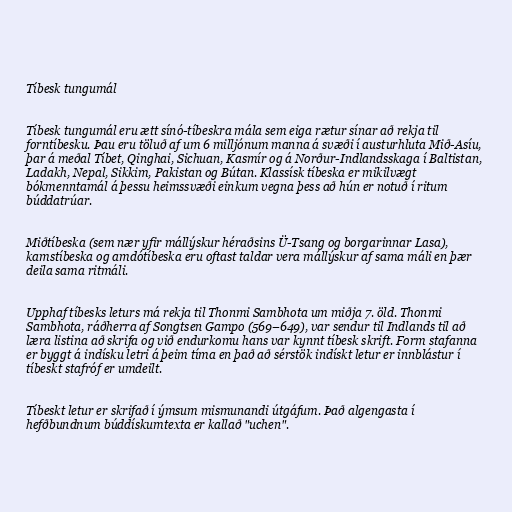
Tíbesk tungumál

Tíbesk tungumál eru ætt sínó-tíbeskra mála sem eiga rætur sínar að rekja til
forntíbesku. Þau eru töluð af um 6 milljónum manna á svæði í austurhluta Mið-Asíu,
þar á meðal Tíbet, Qinghai, Sichuan, Kasmír og á Norður-Indlandsskaga í Baltistan,
Ladakh, Nepal, Sikkim, Pakistan og Bútan. Klassísk tíbeska er mikilvægt
bókmenntamál á þessu heimssvæði einkum vegna þess að hún er notuð í ritum
búddatrúar.

Miðtíbeska (sem nær yfir mállýskur héraðsins Ü-Tsang og borgarinnar Lasa),
kamstíbeska og amdótíbeska eru oftast taldar vera mállýskur af sama máli en þær
deila sama ritmáli.

Upphaf tíbesks leturs má rekja til Thonmi Sambhota um miðja 7. öld. Thonmi
Sambhota, ráðherra af Songtsen Gampo (569–649), var sendur til Indlands til að
læra listina að skrifa og við endurkomu hans var kynnt tíbesk skrift. Form stafanna
er byggt á indísku letri á þeim tíma en það að sérstök indískt letur er innblástur í
tíbeskt stafróf er umdeilt.

Tíbeskt letur er skrifað í ýmsum mismunandi útgáfum. Það algengasta í
hefðbundnum búddískumtexta er kallað "uchen".